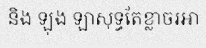
និង ឡុង ឡាសុទ្ធតែខ្លាចរអា